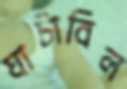
ঘাটাবিল